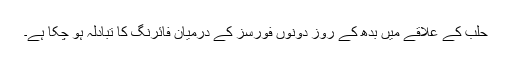
حلب کے علاقے میں بدھ کے روز دونوں فورسز کے درمیان فائرنگ کا تبادلہ ہو چکا ہے۔